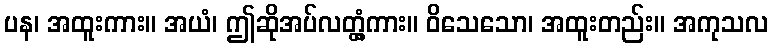
ပန၊ အထူးကား။ အယံ၊ ဤဆိုအပ်လတ္တံ့ကား။ ဝိသေသော၊ အထူးတည်း။ အကုသလ